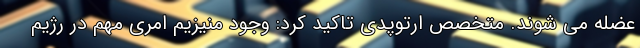
عضله می شوند. متخصص ارتوپدی تاکید کرد: وجود منیزیم امری مهم در رژیم